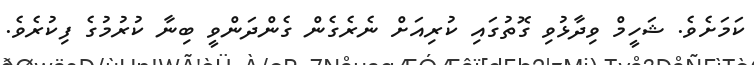
ކަމަށެވެ. ޝަހީމް ވިދާޅުވި ގޮތުގައި ކުރިއަށް ނެރެގެން ގެންދަންވީ ބިނާ ކުރުމުގެ ފިކުރެވެ.